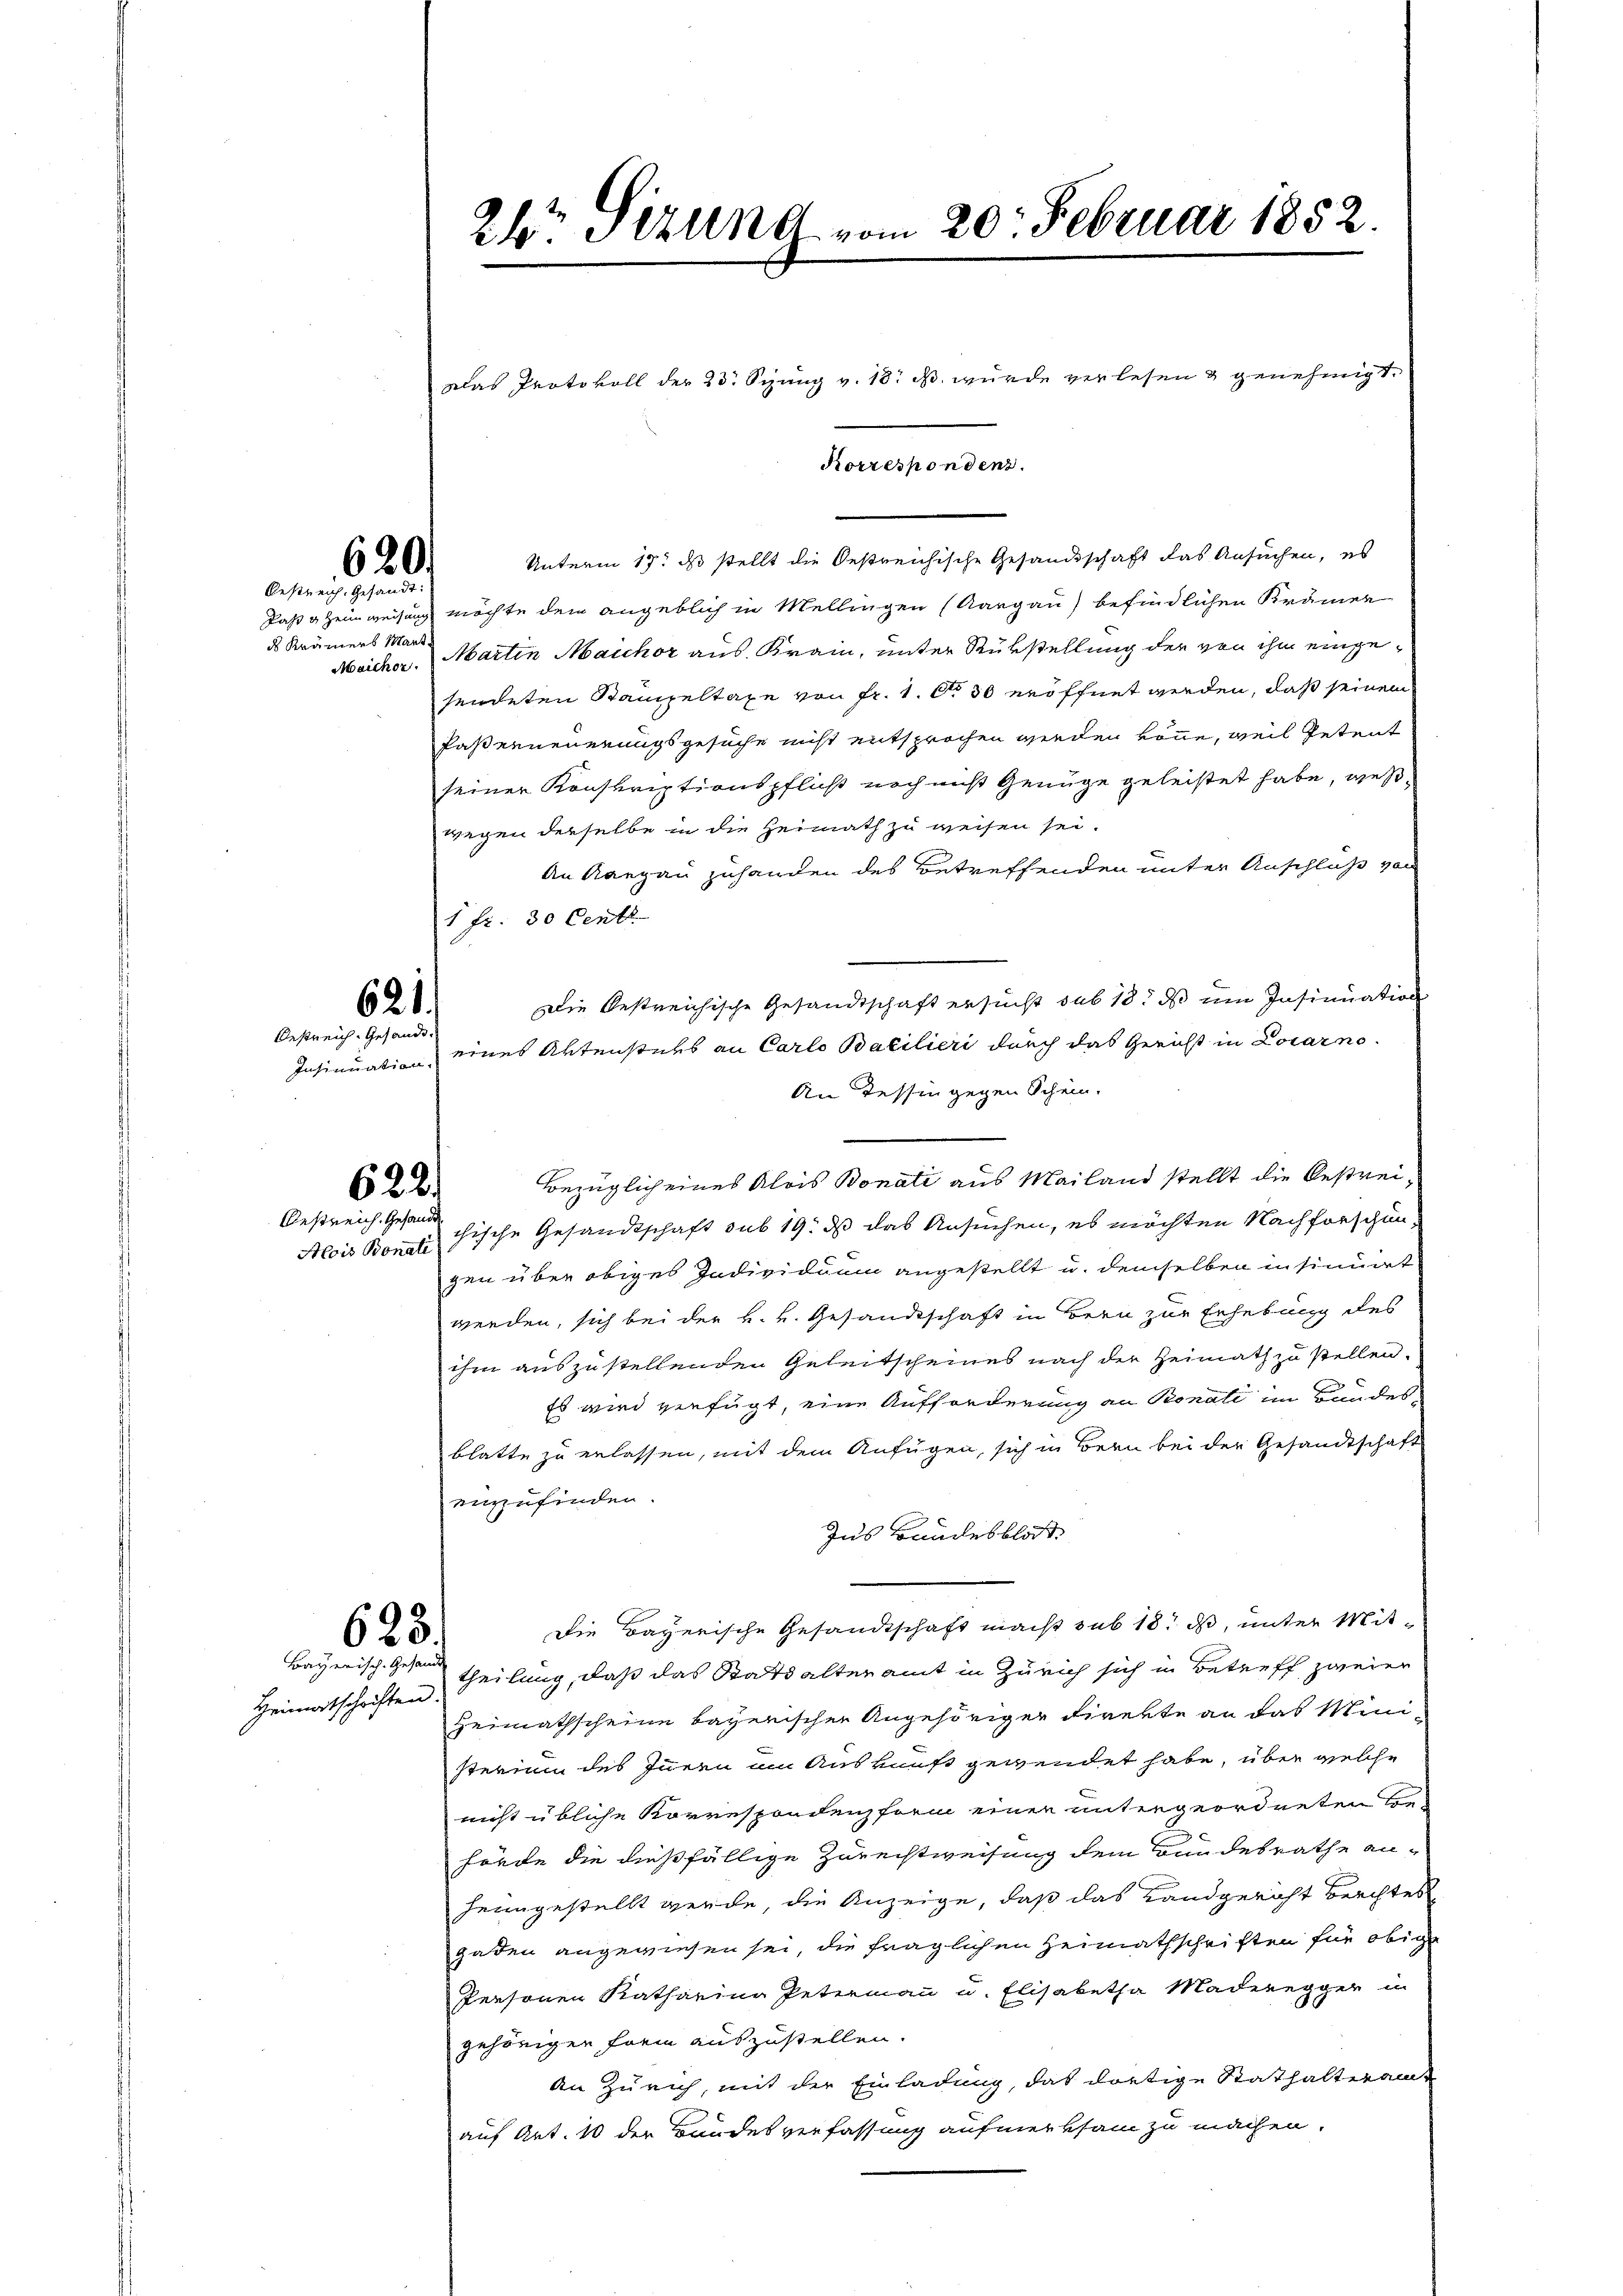
ds Krämers Mart.
Maicher.

620.
Oestreich, Gesandt:

621.
Oestreich. Gesandt.

Alois Bonati

622.
Bestreich. Gesandt

623
Bayerisch-Gesande

26t Sitzung vom 20. Februar 1852.

Unterm 17t ds stellt die Oestreichische Gesandtschaft das Ansuchen, es
Daß Heimweisung möchte dem angeblich in Mellingen (Aargau befindlichen Krämer
Martin Marchor aus Krain, unter Rükstellung der von ihm eingesendeten Stampeltaxe von fr. 1. No 50 eröffnet werden, daß seinem
Paserneuerungsgesuche nicht entsprochen werden könne, weil Petent
seiner Konskriptionspflicht noch nicht Genüge geleistet habe, weßwegen derselbe in die Heimath zu weisen sei.
An Aargau zuhanden des Betreffenden unter Anschluß von
1 fr. 30 Centr
Die bestreichische Gesandtschaft ersucht sub 18. ds um Insinuation
Insinuation eines Aktensters an Carlo Bacilieri durch das Gericht in Locarno.
An Tessin gegen Schein.
Bezüglich eines Alois Bonati aus Mailand stellt die bestreichische Gesandtschaft sub 19. ds das Ansuchen, es möchten Nachforschengen über obiges Individuum angestellt u. demselben insinuirt
werden, sich bei der H. v. Gesandtschaft in Bern zur Erhebung des
ihm auszustellenden Geleitscheines nach der Heimath zu stellen.
Es wird verfügt, eine Aufforderung an Konate im Bundesblatte zu erlassen, mit dem Anfügen, sich in Bern bei der Gesandtschaft
einzufinden.
Zus Bandesblat
Die Bayerische Gesandtschaft macht sub 18. ds, unter Mit¬
Heimatschriften Teilung, daß das Stats alteramt in Zürich sich in Betreff zweier
Heimathscheine bayerischen Angehöriger Direkte an das Mini-
sterium des Innern um Auskunft gewendet habe, über welche
nicht übliche Korrespondenzform einer untergeordneten Be-
hörde die dießfällige Zurechtweisung dem Bundesrathe anheimgestellt werde, die Anzeige, daß das Landgericht Berchtes
gaden angewiesen sei, die fraglichen Heimathschriften für obig
Personen Katharina Petermann u. Elisabetha Maderegger in
gehörigen Frei auszustellen.
An Zürich, mit der Einladung, das dortige Stathalteramt
auf Art. 10 der Bundesverfassung aufmerksam zu machen.

Kammenen

Das Protokoll der 23. Sizung v. 18. ds. wurde verlesen & genehmigt.